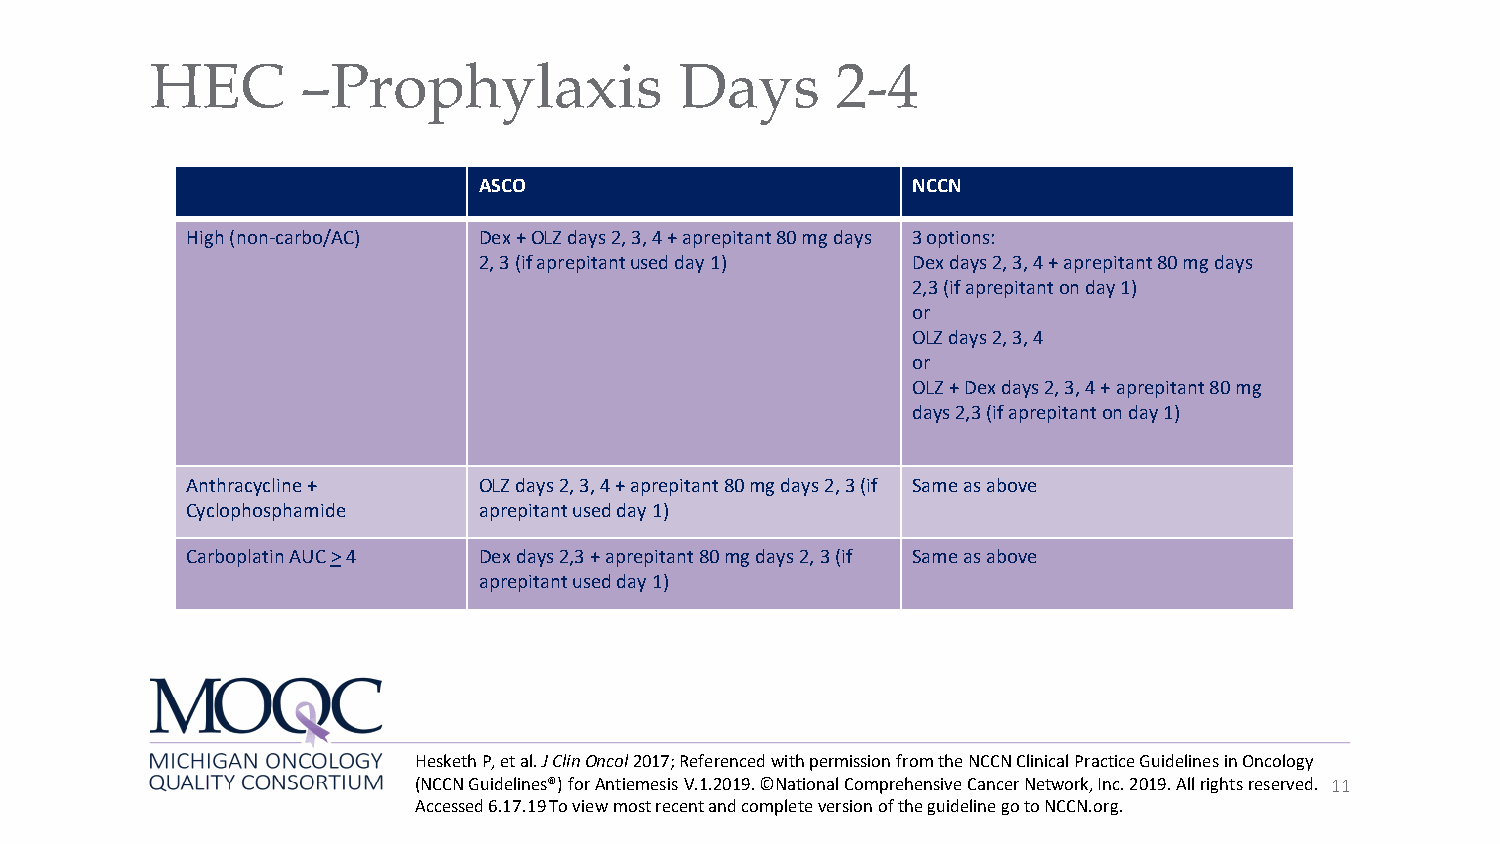
HEC       –Prophylaxis             Days      2-4
 ASCO                        NCCN
 High(non-carbo/AC)  Dex+OLZ days 2, 3, 4 + aprepitant80 mg days 3 options:
 2, 3 (if aprepitantused day 1) Dexdays 2, 3, 4 + aprepitant80 mg days
 2,3 (if aprepitanton day 1)
 or
 OLZ days 2, 3, 4
 or
 OLZ + Dexdays 2, 3, 4 + aprepitant80 mg
 days 2,3 (if aprepitanton day 1)
 Anthracycline+      OLZ days 2, 3,4 + aprepitant80 mg days 2, 3 (if Same as above
 Cyclophosphamide    aprepitantused day 1)
 Carboplatin AUC >4  Dexdays 2,3 + aprepitant80 mg days 2, 3 (if Same as above
 aprepitantused day 1)
 HeskethP, et al. J ClinOncol2017; Referenced with permission from the NCCN Clinical Practice Guidelines in Oncology
 (NCCN Guidelines®) for AntiemesisV.1.2019. ©National Comprehensive Cancer Network, Inc. 2019. All rights reserved. 11
 Accessed 6.17.19 To view most recent and complete version of the guideline go to NCCN.org.